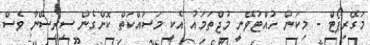
މަގޭރިޕޯޓް - މިކަން ހުއްޓުވޭނީ މުޖްތަމައު އެކީ މަސައްކަތް ކޮށްގެން ސިރިސޭނާ ވެސް